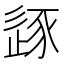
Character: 𰺼